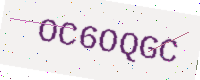
Text: OC6OQGC